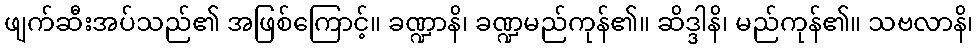
ဖျက်ဆီးအပ်သည်၏ အဖြစ်ကြောင့်။ ခဏ္ဍာနိ၊ ခဏ္ဍမည်ကုန်၏။ ဆိဒ္ဒါနိ၊ မည်ကုန်၏။ သဗလာနိ၊